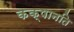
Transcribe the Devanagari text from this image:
कक्षानति